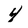
Character: 4